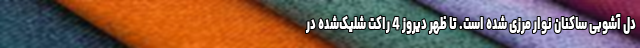
دل آشوبی ساکنان نوار مرزی شده است. تا ظهر دیروز 4 راکت شلیک‌شده در